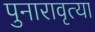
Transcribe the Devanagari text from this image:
पुनारावृत्या